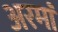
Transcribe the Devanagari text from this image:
अरमां